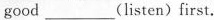
good___(listen)first.